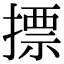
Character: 摽